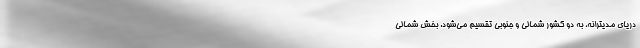
دریای مدیترانه، به دو کشور شمالی و جنوبی تقسیم می‌شود. بخش شمالی